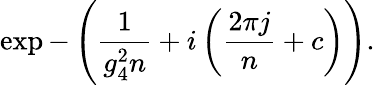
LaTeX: \exp-\left(\frac{1}{g_{4}^{2}{n}}+i\left(\frac{2\pi j}{{n}}+{c}\right)\right).